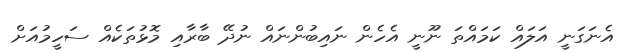
އެނަގަނީ އަލައް ކަމައްތަ ނޫނީ އެހެން ނައިބުންނައް ނުދޭ ބާރާއި މޮޅުތަކެއް ސަހީމުއަށް